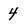
Character: 4